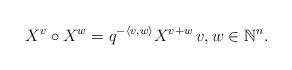
LaTeX: \begin{align*}X^v \circ X^w = q^{ -\langle v, w \rangle} X^{v+w} \, v,w\in \mathbb{N}^n.\end{align*}